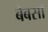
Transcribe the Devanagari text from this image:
बेबसों